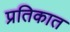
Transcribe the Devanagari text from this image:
प्रतिकात